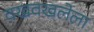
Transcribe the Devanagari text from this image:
वखवखलेला